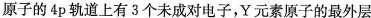
原子的4p轨道上有3个未成对电子，Y元素原子的最外层